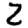
Digit: 2